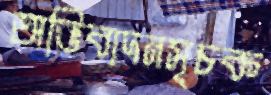
অভিবাদনসূচক